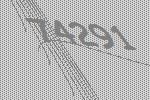
74291